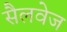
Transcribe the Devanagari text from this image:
सैलवेज